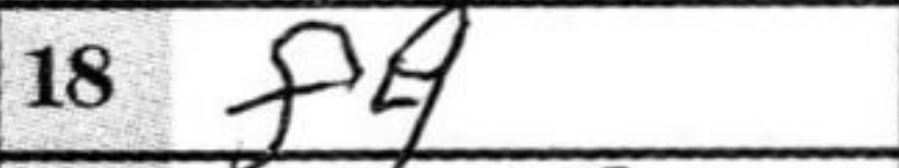
Transcription: f4